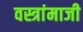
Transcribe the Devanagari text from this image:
वस्त्रांमाजी